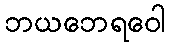
ဘယဘေရဝေါ